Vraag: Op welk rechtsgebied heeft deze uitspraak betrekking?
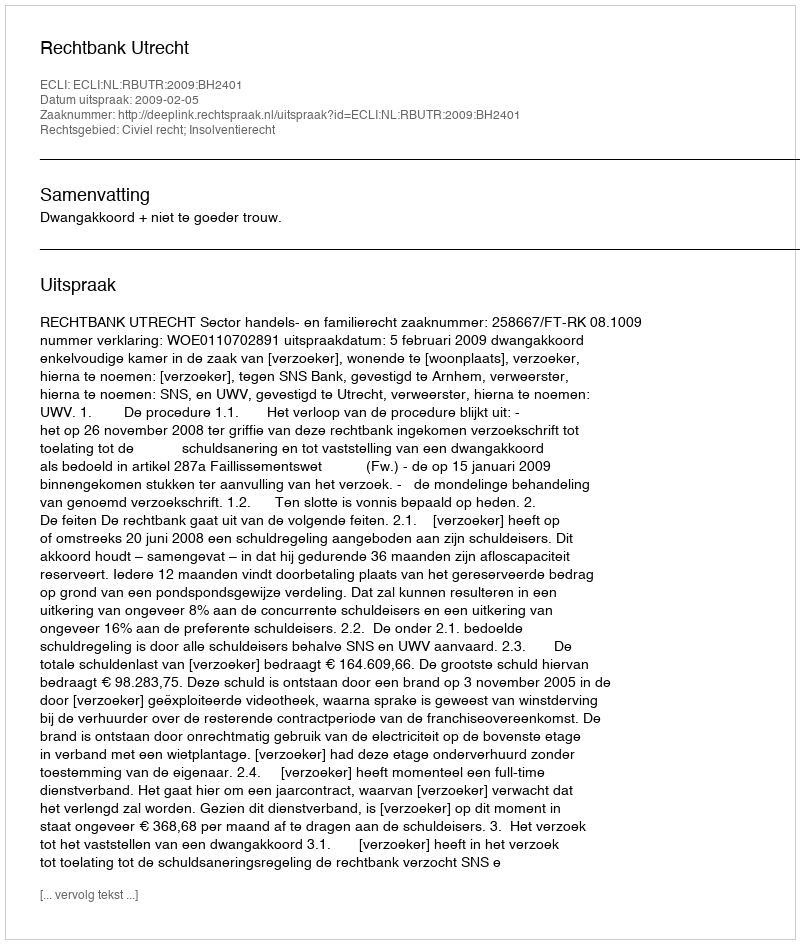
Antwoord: Civiel recht; Insolventierecht